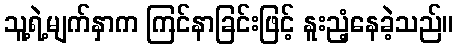
သူ့ရဲ့မျက်နှာက ကြင်နာခြင်းဖြင့် နူးညံ့နေခဲ့သည်။